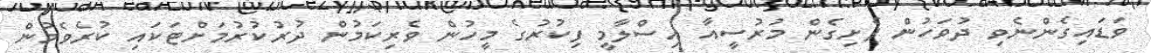
ވަޑައިގެންނެވި ދުވަހުން ފެށިގެން މުރުސީއާ އިސްލާމީ ފިކުރުގެ މީހުން ވެރިކަމުން ދުރުކުރުމަށްޓަކައި ކުރެވެމުން